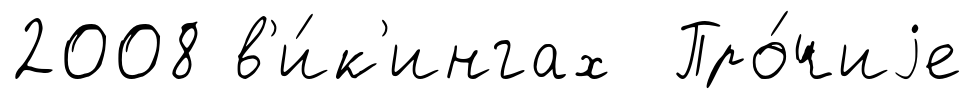
2008 в'и́к'ингах Про́чиjе